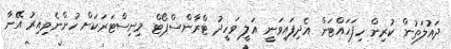
ދައުލަތުން ކުރިން ހިފަހައްޓަން އެދިފައިވަނީ އަލީ ވަހީދު ޓްރާންސްޕޯޓް މިނިސްޓަރަކަށް ހުންނެވިއިރު އޭނާ